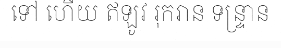
ទៅ ហើយ ឥឡូវ រុករាន ទន្ទ្រាន